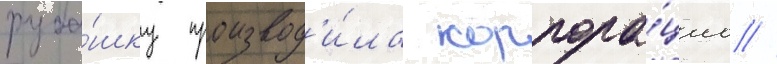
руба́шку производ'и́ла корпора́циа //